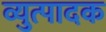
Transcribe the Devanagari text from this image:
व्युत्पादक